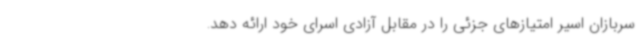
سربازان اسیر امتیازهای جزئی را در مقابل آزادی اسرای خود ارائه دهد.